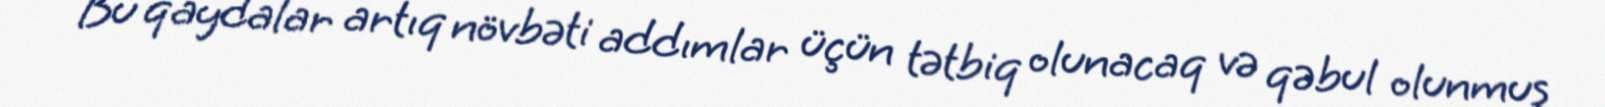
Bu qaydalar artıq növbəti addımlar üçün tətbiq olunacaq və qəbul olunmuş